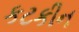
કટકીન